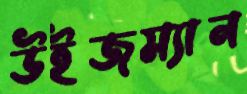
উইজম্যান